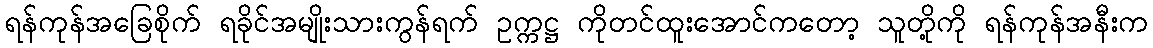
ရန်ကုန်အခြေစိုက် ရခိုင်အမျိုးသားကွန်ရက် ဥက္ကဋ္ဌ ကိုတင်ထူးအောင်ကတော့ သူတို့ကို ရန်ကုန်အနီးက